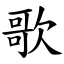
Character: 歌